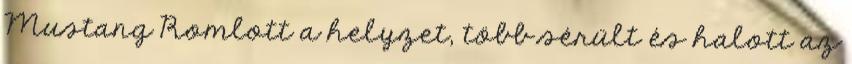
Mustang Romlott a helyzet, több sérült és halott az